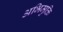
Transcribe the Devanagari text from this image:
अभिमुक्ति